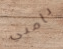
بامبي